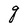
Character: q